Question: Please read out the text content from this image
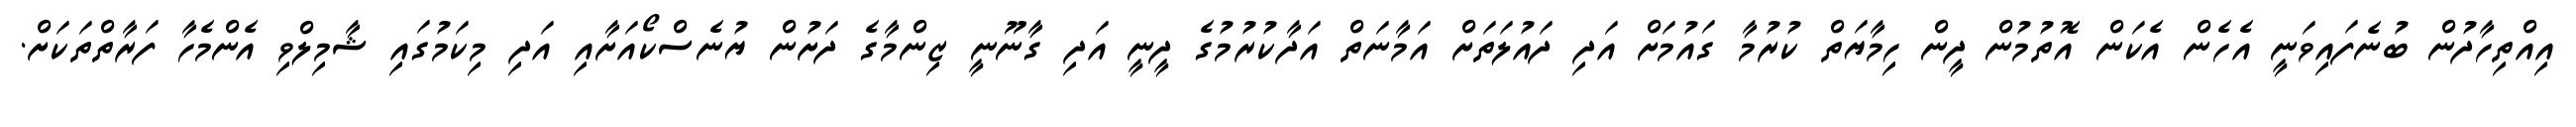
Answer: އިއްތިހާދުން ބުނެފައިވަނީ އެހެން އެކަން އޮތުމުން ދީން ހިމާޔަތް ކުރުމާ ގައުމަށް އަދި ދައުލަތަށް އަމާނަތް އަދާކުރުމުގެ ދީނީ އަދި ގާނޫނީ ޒިންމާގެ ދަށުން ޔުނެސްކޯއަށާއި އަދި މިކަމުގައި ޝާމިލްވި އެންމެހާ ފަރާތްތަކަށް.